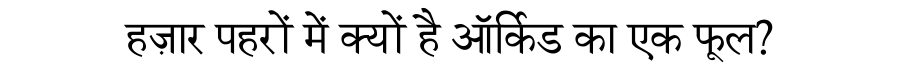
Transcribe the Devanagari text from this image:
हज़ार पहरों में क्यों है ऑर्किड का एक फूल?